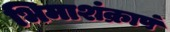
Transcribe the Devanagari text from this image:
भिमाशंक्रापं